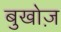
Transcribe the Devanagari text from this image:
बुखोज़